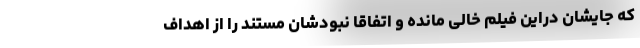
که جایشان دراین فیلم خالی مانده و اتفاقا نبودشان مستند را از اهداف